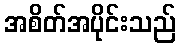
အစိတ်အပိုင်းသည်